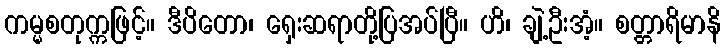
ကမ္မစတုက္ကဖြင့်။ ဒီပိတော၊ ရှေးဆရာတို့ပြအပ်ပြီ။ ဟိ၊ ချဲ့ဦးအံ့။ စတ္တာရိမာနိ